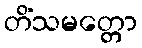
တိံသမတ္တော